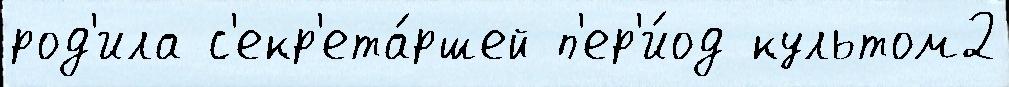
род'ила с'екр'ета́ршей п'ер'и́од культом2